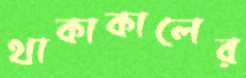
থাকাকালের